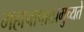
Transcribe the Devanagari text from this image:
महापापात्प्रमुच्यते